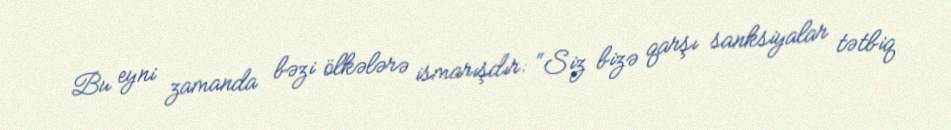
Bu eyni zamanda bəzi ölkələrə ismarışdır: “Siz bizə qarşı sanksiyalar tətbiq